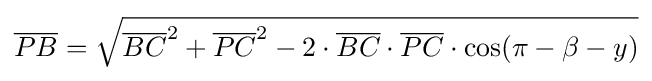
{\overline {PB}}={\sqrt {{\overline {BC}}^{2}+{\overline {PC}}^{2}-2\cdot {\overline {BC}}\cdot {\overline {PC}}\cdot \cos(\pi -\beta -y)}}